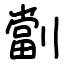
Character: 劏